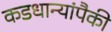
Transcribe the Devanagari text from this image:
कडधान्यांपैकी